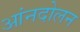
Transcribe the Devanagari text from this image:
आंनदोलन